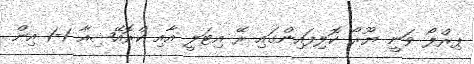
ޕިރްލޯ ވަނީ ޔޫރޯ ކޮލިފައިންގައި ރޭ އިޓަލީ އާއި ކްރޮއޭޝިއާ 1-1 އިން